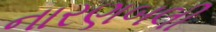
નારણબલી